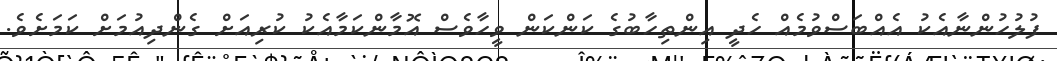
ފުލުހުންނާއެކު އެއްބަސްވުމެއް ހެދީ އިންތިހާބުގެ ކަންކަން ވީހާވެސް އޮމާންކަމާއެކު ކުރިއަށް ގެންދިއުމަށް ކަމަށެވެ.